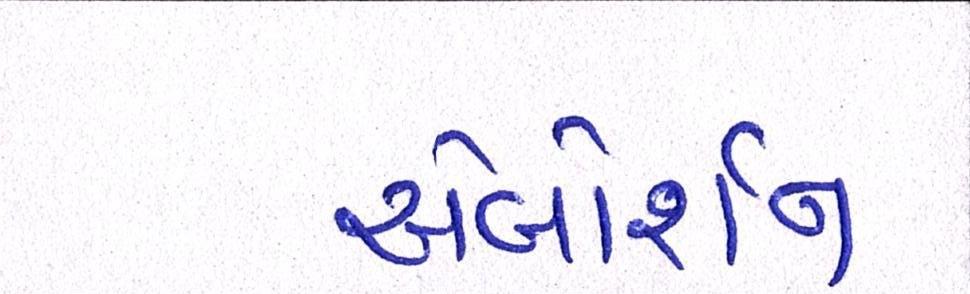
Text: એબોર્શન